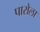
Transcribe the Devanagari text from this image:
पारोला